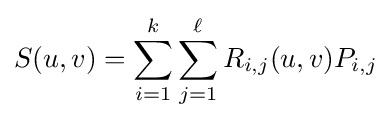
S(u,v)=\sum _{i=1}^{k}\sum _{j=1}^{\ell }R_{i,j}(u,v)P_{i,j}